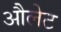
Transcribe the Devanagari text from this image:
औलेट